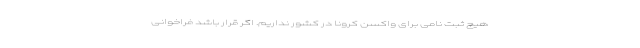
هیچ ثبت نامی برای واکسن کرونا در کشور نداریم. اگر قرار باشد فراخوانی